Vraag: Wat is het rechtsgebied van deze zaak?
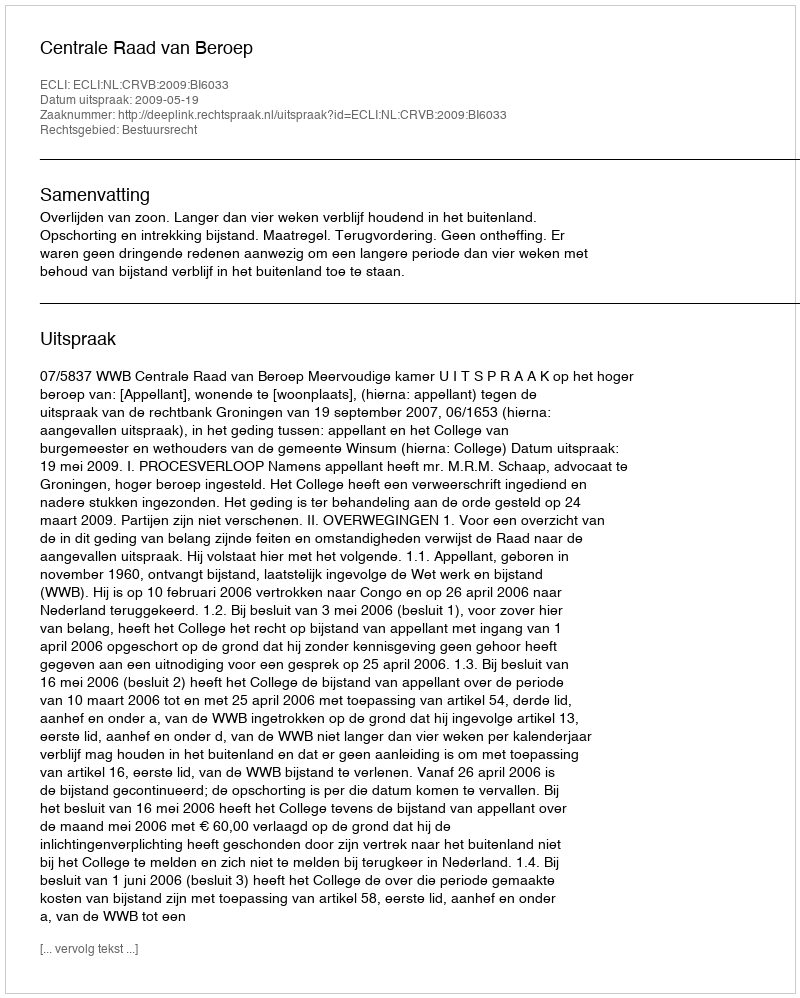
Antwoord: Bestuursrecht